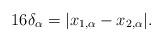
LaTeX: \begin{align*}16\delta_\alpha=\vert x_{1,\alpha}- x_{2,\alpha}\vert.\end{align*}